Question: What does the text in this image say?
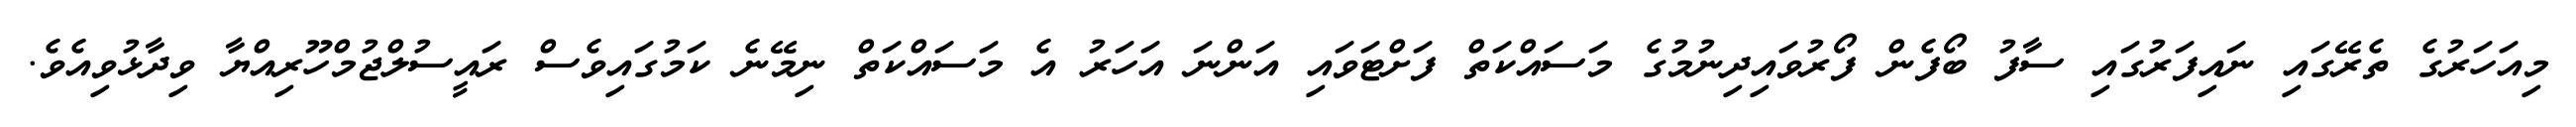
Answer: މިއަހަރުގެ ތެރޭގައި ނައިފަރުގައި ސާފު ބޯފެން ފޯރުވައިދިނުމުގެ މަސައްކަތް ފަށްޓަވައި އަންނަ އަހަރު އެ މަސައްކަތް ނިމޭނެ ކަމުގައިވެސް ރައީސުލްޖުމްހޫރިއްޔާ ވިދާޅުވިއެވެ.